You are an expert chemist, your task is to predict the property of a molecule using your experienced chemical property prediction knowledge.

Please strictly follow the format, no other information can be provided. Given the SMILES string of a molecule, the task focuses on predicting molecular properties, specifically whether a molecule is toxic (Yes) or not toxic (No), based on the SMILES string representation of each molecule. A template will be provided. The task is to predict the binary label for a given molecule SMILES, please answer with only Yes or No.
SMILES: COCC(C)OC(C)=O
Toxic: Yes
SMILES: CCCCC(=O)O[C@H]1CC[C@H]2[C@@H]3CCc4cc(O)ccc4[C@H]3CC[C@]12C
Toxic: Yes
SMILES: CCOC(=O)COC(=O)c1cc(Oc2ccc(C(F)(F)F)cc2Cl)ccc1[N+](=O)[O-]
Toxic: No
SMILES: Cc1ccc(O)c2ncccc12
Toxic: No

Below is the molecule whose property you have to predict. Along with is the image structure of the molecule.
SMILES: Cc1cccc2sc3nncn3c12
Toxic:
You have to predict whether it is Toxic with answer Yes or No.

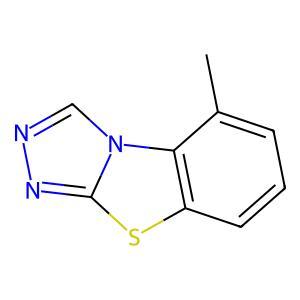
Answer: No